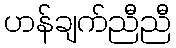
ဟန်ချက်ညီညီ